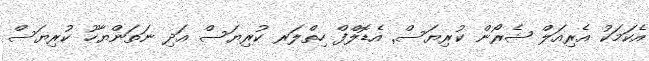
އެކަމަކު އެރިއަލް ޝެރޯން ކުރިޔަސް